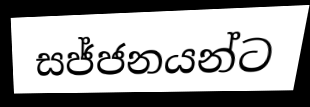
සජ්ජනයන්ට